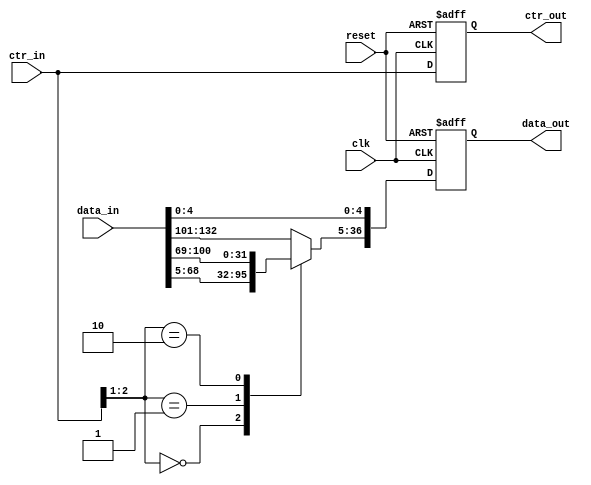
module MEM_WB_reg (clk, reset, data_in, data_out, ctr_in, ctr_out);
    input clk, reset;
    input [132:0] data_in;
    input [2:0] ctr_in;
    output reg [36:0] data_out;
    output reg [2:0] ctr_out;
    always@(posedge clk or negedge reset) begin
        if (~reset) begin
            data_out <= 37'b0;
            ctr_out <= 3'b0;
        end
        else begin
            ctr_out <= ctr_in;
            data_out[4:0] <= data_in[4:0];
            case(ctr_in[2:1])
            2'b00: data_out[36:5] <= data_in[68:37];
            2'b01: data_out[36:5] <= data_in[36:5];
            2'b10: data_out[36:5] <= data_in[100:69];
            default : data_out[36:5] <= data_in[132:101];
            endcase
        end
    end
endmodule